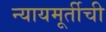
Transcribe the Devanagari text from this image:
न्यायमूर्तीची